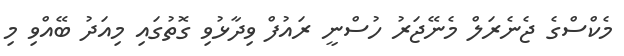
މެކްސްގެ ޖެނެރަލް މެނޭޖަރު ހުސްނީ ރައުފް ވިދާޅުވި ގޮތުގައި މިއަދު ބޭއްވި މި